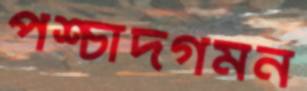
পশ্চাদগমন